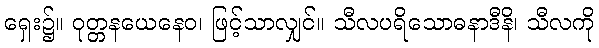
ရှေး၌။ ဝုတ္တနယေနေဝ၊ ဖြင့်သာလျှင်။ သီလပရိသောဓနာဒီနိ၊ သီလကို